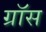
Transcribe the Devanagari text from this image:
ग्राॅस